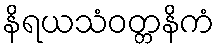
နိရယသံဝတ္တနိကံ